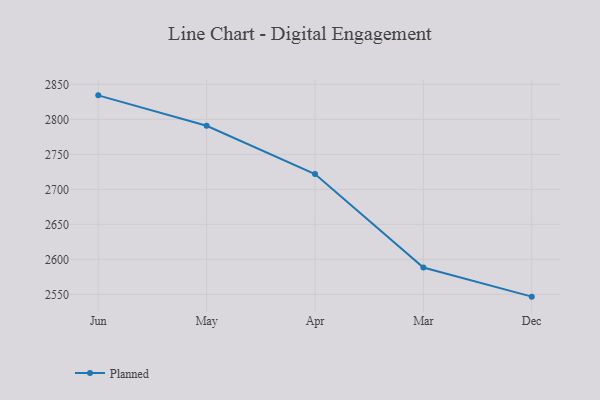
{"axis": {"x": "Month", "y": "Budget (USD K)"}, "legend": ["Planned"], "data": [{"x": "Jun", "y": 2834.3, "type": "Planned"}, {"x": "May", "y": 2790.8, "type": "Planned"}, {"x": "Apr", "y": 2721.9, "type": "Planned"}, {"x": "Mar", "y": 2588.3, "type": "Planned"}, {"x": "Dec", "y": 2546.7, "type": "Planned"}]}